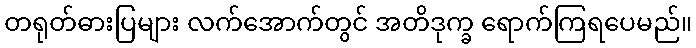
တရုတ်ဓားပြများ လက်အောက်တွင် အတိဒုက္ခ ရောက်ကြရပေမည်။